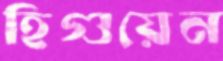
হিগুয়েন